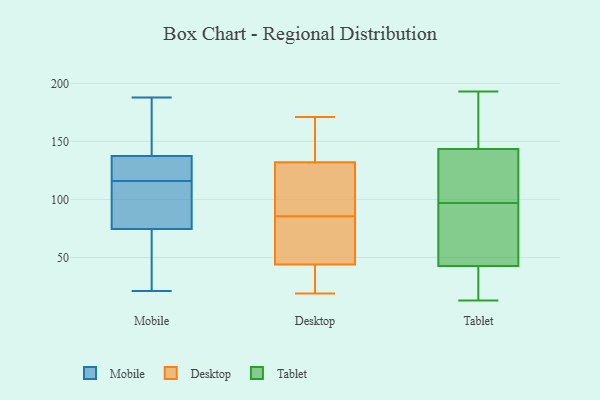
{"axis": {"x": "Headcount", "y": "Value"}, "legend": ["Desktop", "Mobile", "Tablet"], "data": [{"x": "", "y": 188, "type": "Mobile"}, {"x": "", "y": 164, "type": "Mobile"}, {"x": "", "y": 182, "type": "Mobile"}, {"x": "", "y": 44, "type": "Mobile"}, {"x": "", "y": 46, "type": "Mobile"}, {"x": "", "y": 21, "type": "Mobile"}, {"x": "", "y": 82, "type": "Mobile"}, {"x": "", "y": 95, "type": "Mobile"}, {"x": "", "y": 138, "type": "Mobile"}, {"x": "", "y": 171, "type": "Mobile"}, {"x": "", "y": 136, "type": "Mobile"}, {"x": "", "y": 131, "type": "Mobile"}, {"x": "", "y": 135, "type": "Mobile"}, {"x": "", "y": 116, "type": "Mobile"}, {"x": "", "y": 72, "type": "Mobile"}, {"x": "", "y": 88, "type": "Mobile"}, {"x": "", "y": 95, "type": "Mobile"}, {"x": "", "y": 21, "type": "Mobile"}, {"x": "", "y": 130, "type": "Mobile"}, {"x": "", "y": 93, "type": "Desktop"}, {"x": "", "y": 128, "type": "Desktop"}, {"x": "", "y": 136, "type": "Desktop"}, {"x": "", "y": 20, "type": "Desktop"}, {"x": "", "y": 147, "type": "Desktop"}, {"x": "", "y": 35, "type": "Desktop"}, {"x": "", "y": 93, "type": "Desktop"}, {"x": "", "y": 69, "type": "Desktop"}, {"x": "", "y": 113, "type": "Desktop"}, {"x": "", "y": 138, "type": "Desktop"}, {"x": "", "y": 58, "type": "Desktop"}, {"x": "", "y": 114, "type": "Desktop"}, {"x": "", "y": 19, "type": "Desktop"}, {"x": "", "y": 165, "type": "Desktop"}, {"x": "", "y": 34, "type": "Desktop"}, {"x": "", "y": 57, "type": "Desktop"}, {"x": "", "y": 44, "type": "Desktop"}, {"x": "", "y": 44, "type": "Desktop"}, {"x": "", "y": 78, "type": "Desktop"}, {"x": "", "y": 171, "type": "Desktop"}, {"x": "", "y": 193, "type": "Tablet"}, {"x": "", "y": 129, "type": "Tablet"}, {"x": "", "y": 19, "type": "Tablet"}, {"x": "", "y": 97, "type": "Tablet"}, {"x": "", "y": 30, "type": "Tablet"}, {"x": "", "y": 47, "type": "Tablet"}, {"x": "", "y": 124, "type": "Tablet"}, {"x": "", "y": 163, "type": "Tablet"}, {"x": "", "y": 13, "type": "Tablet"}, {"x": "", "y": 137, "type": "Tablet"}, {"x": "", "y": 84, "type": "Tablet"}, {"x": "", "y": 93, "type": "Tablet"}, {"x": "", "y": 185, "type": "Tablet"}]}